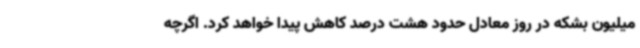
میلیون بشکه در روز معادل حدود هشت درصد کاهش پیدا خواهد کرد. اگرچه